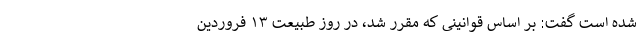
شده است گفت: بر اساس قوانینی که مقرر شد، در روز طبیعت ۱۳ فروردین